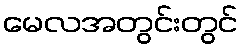
မေလအတွင်းတွင်